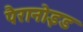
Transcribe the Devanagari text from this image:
पैरानोइड